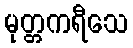
မုတ္တကရီသေ